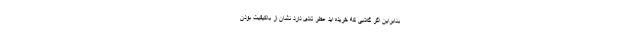
بنابراین اگر گلابی که خریده اید عطر تندی دارد نشان از باکیفیت بودن